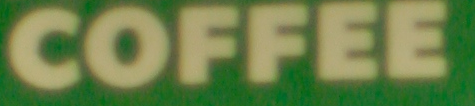
COFFEE